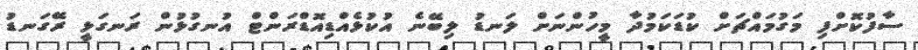
ސާފުކޮށްފި މަގުމައްޗަށް ކުޑަކަމުދާ މީހުންނަށް ލަނޑު ލިބޭނެ އުކުޅެއްޑިއޮޑްރަންޓް އުނގުޅުން ރަނގަޅީ ރޭގަނޑު